Sanitation, dispensaries and jails vaccination Rajputana 1922-1927 - 1922-1927
Year: 1922
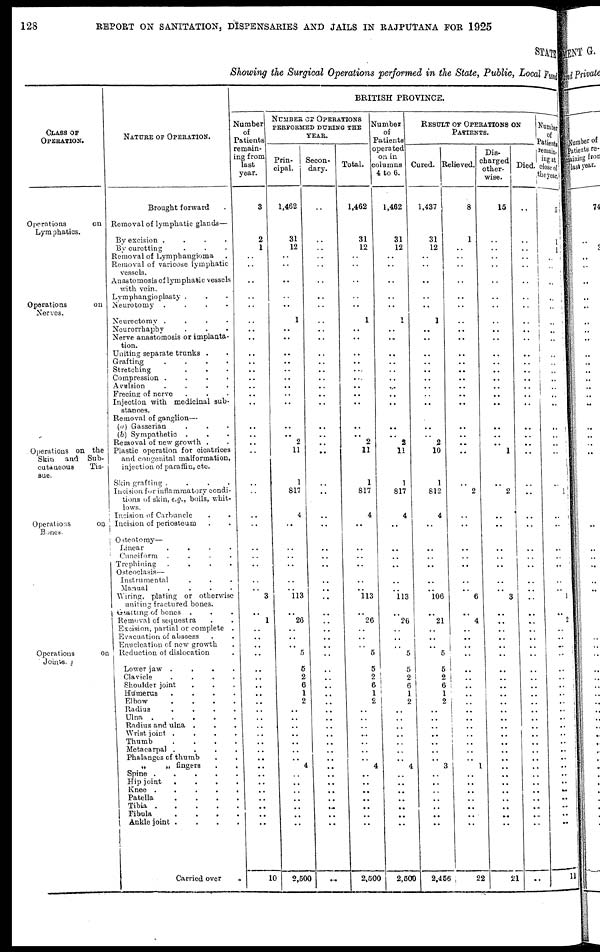
128
REPORT ON SANITATION, DISPENSARIES AND JAILS IN RAJPUTANA FOR 1925
STATE
Showing the Surgical Operations performed in the State, Public, Local Fund
CLASS OF
OPERATION.
Operations
on
Lymphatics.
Operations
on
Nerves.
Operations on the
Skin and Sub-
cutaneous
Tis-
sue.
Operations
on
Bones.
Operations
on
Joints.
NATURE OF OPERATION.
Brought forward .
Removal of lymphatic glands—
By excision
....
By curetting ...
Removal of Lymphangioma .
Removal of varicose lymphatic
vessels.
Anastomosis of lymphatic vessels
with vein.
Lymphangioplasty ...
Neurotomy
....
Neurectomy
....
Neurorrhaphy ...
Nerve anastomosis or implanta-
tion.
Uniting separate trunks ..
Grafting
....
Stretching ...
Compression
....
Avulsion
....
Freeing of nerve ...
Injection with medicinal sub-
stances.
Removal of ganglion—
(a) Gasserian ...
(b) Sympathetic ...
Removal of new growth ..
Plastic operation for cicatrices
and congenital malformation,
injection of paraffin, etc.
Skin grafting
....
Incision for inflammatory condi-
tions of skin, e.g., boils, whit-
lows.
Incision of Carbuncle ..
Incision of periosteum ..
Osteotomy—
Linear
....
Cuneiform
....
Trephining
....
Osteoclasis—
Instrumental ...
Manual
....
Wiring, plating or otherwise
uniting fractured bones.
Grafting of bones ...
Removal of sequestra ..
Excision, partial or complete .
Evacuation of abscess
Enucleation of new growth .
Reduction of dislocation .
Lower jaw
....
Clavicle
....
Shoulder joint ...
Humerus
....
Elbow
....
Radius
....
Ulna
.....
Radius and ulna .
Wrist joint
....
Thumb
....
Metacarpal
....
Phalanges of thumb ..
„
„ fingers ..
Spine
.....
Hip joint
....
Knee
.....
Patella
....
Tibia
.....
Fibula
....
Ankle joint
....
Carried over
.
BRITISH PROVINCE.
Number
of
Patients
remain-
ing from
last
year.
3
2
1
..
..
..
..
..
..
..
..
..
..
..
..
..
..
..
..
..
..
..
..
..
..
..
..
..
..
..
..
3
..
1
..
..
..
..
..
..
..
..
..
..
..
..
..
..
..
..
..
..
..
..
..
..
..
..
10
NUMBER OF OPERATIONS
PERFORMED DURING THE
YEAR.
Prin-
cipal.
1,462
31
12
..
..
..
..
..
1
..
..
..
..
..
..
..
..
..
..
..
2
11
1
817
4
..
..
..
..
..
..
113
..
26
..
..
..
5
5
2
6
1
2
..
..
..
..
..
..
..
4
..
..
..
..
..
..
..
2,500
Secon-
dary.
..
..
..
..
..
..
..
..
..
..
..
..
..
..
..
..
..
..
..
..
..
..
..
..
..
..
..
..
..
..
..
..
..
..
..
..
..
..
..
..
..
..
..
..
..
..
..
..
..
..
..
..
..
..
..
..
..
..
..
Total.
1,462
31
12
..
..
..
..
..
1
..
..
..
..
..
..
..
..
..
..
..
2
11
1
817
4
..
..
..
..
..
..
113
..
26
..
..
..
5
5
2
6
1
2
..
..
..
..
..
..
..
4
..
..
..
..
..
..
..
2,500
Number
of
Patients
operated
on in
columns
4 to 6.
1,462
31
12
..
..
..
..
..
1
..
..
..
..
..
..
..
..
..
..
..
2
11
1
817
4
..
..
..
..
..
..
113
..
26
..
..
..
5
5
2
6
1
2
..
..
..
..
..
..
..
4
..
..
..
..
..
..
..
2,500
RESULT OF OPERATIONS ON
PATIENTS.
Cured.
1,437
31
12
..
..
..
..
..
1
..
..
..
..
..
..
..
..
..
..
..
2
10
1
812
4
..
..
..
..
..
..
106
..
21
..
..
..
5
5
2
6
1
2
..
..
..
..
..
..
..
3
..
..
..
..
..
..
..
2,456
Relieved.
8
1
..
..
..
..
..
..
..
..
..
..
..
..
..
..
..
..
..
..
..
..
..
2
..
..
..
..
..
..
..
6
..
4
..
..
..
..
..
..
..
..
..
..
..
..
..
..
..
..
1
..
..
..
..
..
..
..
22
Dis-
charged
other-
wise.
15
..
..
..
..
..
..
..
..
..
..
..
..
..
..
..
..
..
..
..
..
1
..
2
..
..
..
..
..
..
..
3
..
..
..
..
..
..
..
..
..
..
..
..
..
..
..
..
..
..
..
..
..
..
..
..
..
..
21
Died.
..
..
..
..
..
..
..
..
..
..
..
..
..
..
..
..
..
..
..
..
..
..
..
..
..
..
..
..
..
..
..
..
..
..
..
..
..
..
..
..
..
..
..
..
..
..
..
..
..
..
..
..
..
..
..
..
..
..
..
Number
of
Patients
remain¬
ing at
close of
the year.
5
1
1
..
..
..
..
..
..
..
..
..
..
..
..
..
..
..
..
..
..
..
..
1
..
..
..
..
..
..
..
1
..
2
..
..
..
..
..
..
..
..
..
..
..
..
..
..
..
..
..
..
..
..
..
..
..
..
11